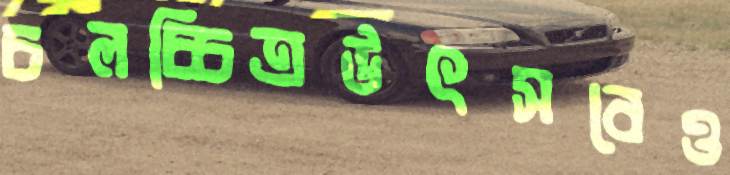
চলচ্চিত্রউৎসবেও